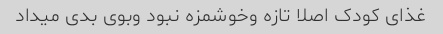
غذای کودک اصلا تازه وخوشمزه نبود وبوی بدی میداد